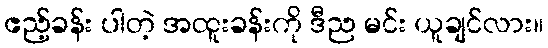
ဧည့်ခန်း ပါတဲ့ အထူးခန်းကို ဒီည မင်း ယူချင်လား။